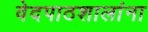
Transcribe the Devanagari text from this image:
वेदपाठशालांना